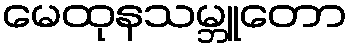
မေထုနသမ္ဘူတော